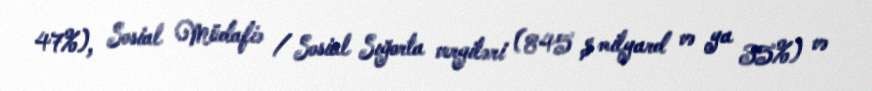
47%), Sosial Müdafiə / Sosial Sığorta vergiləri (845 $ milyard və ya 35%) və